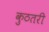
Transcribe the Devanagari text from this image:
कुठतरी